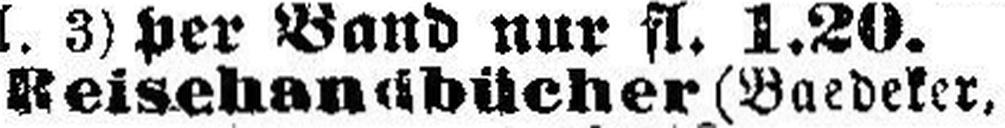
Reisehandbücher (Baedeker,